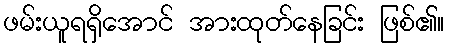
ဖမ်းယူရရှိအောင် အားထုတ်နေခြင်း ဖြစ်၏။